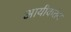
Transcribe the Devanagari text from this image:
आयीकतेय